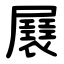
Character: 㞡